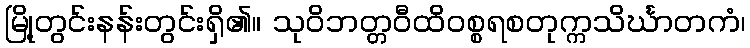
မြို့တွင်းနန်းတွင်းရှိ၏။ သုဝိဘတ္တဝီထိဝစ္စရစတုက္ကသိင်္ဃာတကံ၊